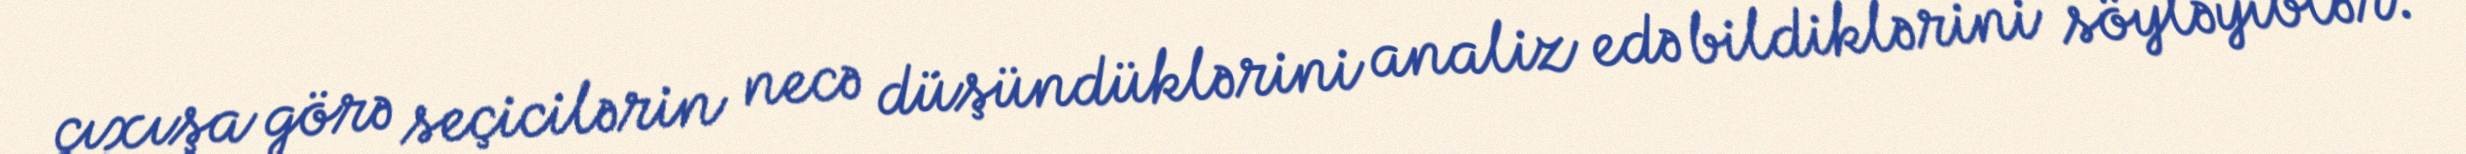
çıxışa görə seçicilərin necə düşündüklərini analiz edə bildiklərini söyləyiblər.